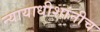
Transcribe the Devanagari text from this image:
न्यायाधीशांनीच